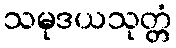
သမုဒယသုတ္တံ